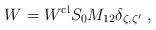
\begin{align*}W=W^{{\rm cl}}S_{0}M_{12}\delta _{\zeta ,\zeta ^{\prime }}\;, \end{align*}